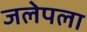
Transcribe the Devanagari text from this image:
जलेपला